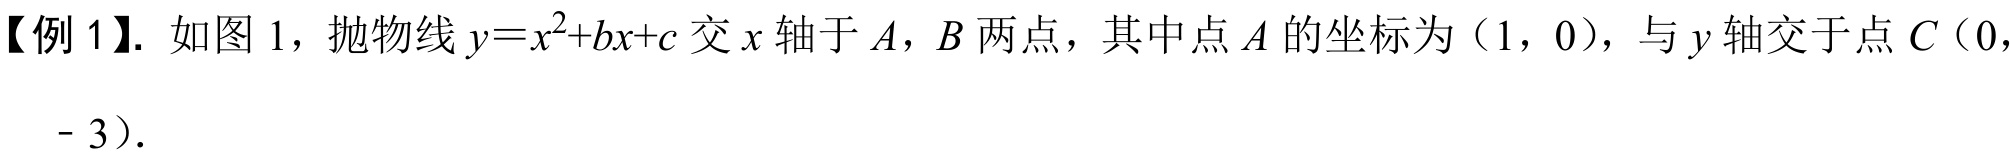
【例1】. 如图1，抛物线$y = x^{2}+bx + c$交$x$轴于$A$，$B$两点，其中点$A$的坐标为$(1,0)$，与$y$轴交于点$C(0, - 3)$.